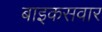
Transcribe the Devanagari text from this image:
बाइकसवार